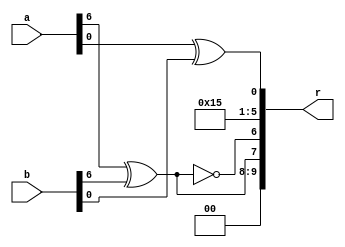
/* Generated by Yosys 0.9+4052 (git sha1 a5adb007, gcc 9.3.0-17ubuntu1~20.04 -fPIC -Os) */

module circ(a, b, r);
  wire \U0.U1.DUT1.k0 ;
  wire \U0.po00 ;
  wire \U0.po07 ;
  input [9:0] a;
  input [9:0] b;
  output [9:0] r;
  assign \U0.U1.DUT1.k0  = ~(a[6] ^ b[6]);
  assign \U0.po07  = a[6] ^ b[6];
  assign \U0.po00  = a[0] ^ b[0];
  assign r = { 2'h0, \U0.po07 , \U0.U1.DUT1.k0 , 5'h15, \U0.po00  };
endmodule